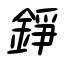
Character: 錚